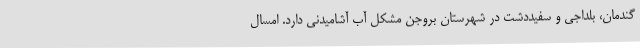
گندمان، بلداجی و سفیددشت در شهرستان بروجن مشکل آب آشامیدنی دارد. امسال